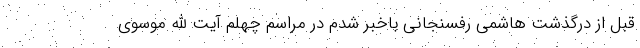
قبل از درگذشت هاشمی رفسنجانی باخبر شدم در مراسم چهلم آیت الله موسوی